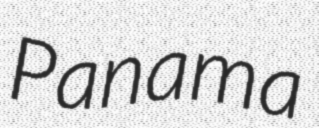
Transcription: Panama